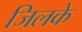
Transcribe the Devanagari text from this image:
जिलके